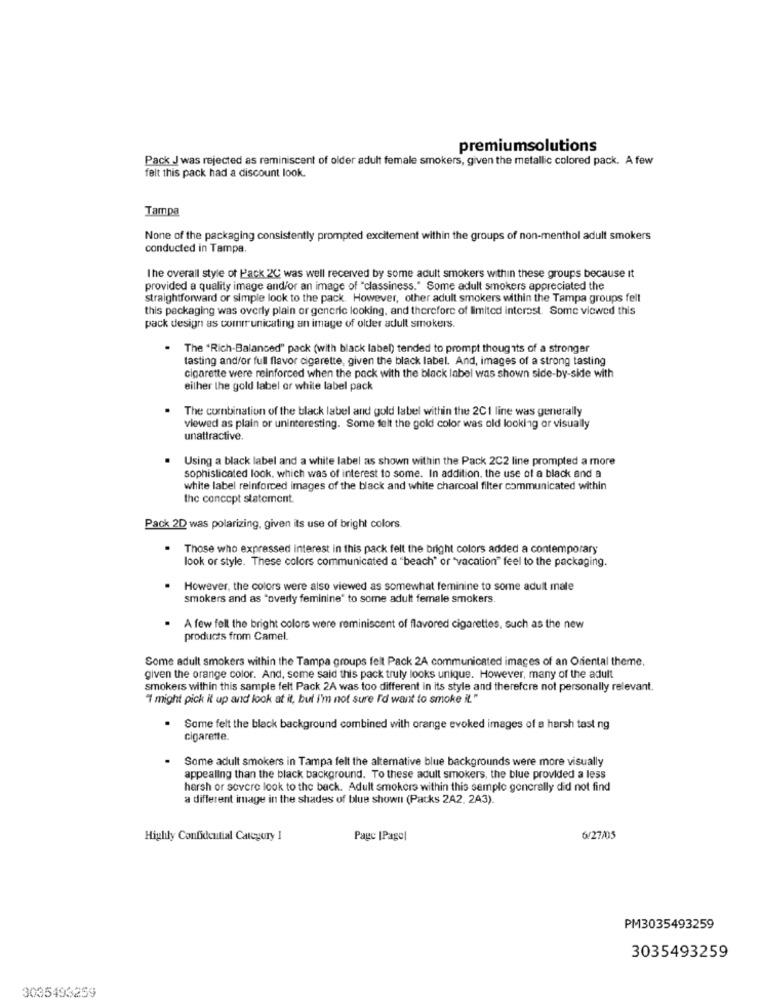
premiumsolutions
Pack J was rejected as reminiscent of older adult female smokers, given the metallic colored pack. A few
felt this pack had a discount look.
Tampa
None of the packaging consistently prompted excitement within the groups of non-menthol adult smokers
conducted in Tampa.
The overall style of Pack 2C was well received by some adult smokers within these groups because it
provided a quality image and/or an image of "classiness." Some adult smokers appreciated the
straightforward or simple look to the pack. However, other adult smokers within the Tampa groups fell
this packaging was overly plain or generic looking, and therefore of limited interest. Some viewed this
pack design as communicating an image of older adult smokers.
The "Rich-Balanced" pack (with black label) tended to prompt thoughts of a stronger
tasting and/or full flavor cigarette, given the black label. And, images of a strong tasting
cigarette were reinforced when the pack with the black label was shown side-by-side with
either the gold label or while label pack
The combination of the black label and gold label within the 2CI line was generally
viewed as plain or uninteresting. Some felt the gold color was old looking or visually
unattractive.
Using a black label and a white label as shown within the Pack 2C2 line prompted a more
sophisticated look, which was of interest to some. In addition, the use of a black and a
white label reinforced images of the black and white charcoal filter communicated within
the concept statement.
Pack 2D was polarizing, given its use of bright colors.
Those who expressed interest in this pack felt the bright colors added a contemporary
look or style. These colors communicated a "beach" or "vacation" feel to the packaging.
However, the colors were also viewed as somewhat feminine to some adult male
smokers and as "overly feminine' to some adult female smokers
A few fell the bright colors were reminiscent of flavored cigarettes, such as the new
products from Camel
Some adult smokers within the Tampa groups felt Pack 2A communicated images of an Oriental theme.
given the orange color. And, some said this pack truly looks unique. However, many of the adult
smokers within this sample felt Pack 2A was too different in its style and therefore not personally relevant.
" might pick it up and look at it, but I'm not sure I'd want to smoke il."
Some felt the black background combined with orange evoked images of a harsh tast ng
cigarette.
Some adult smokers in Tampa felt the alternative blue backgrounds were more visually
appealing than the black background. To these adult smokers, the blue provided a less
harsh or severe look to the back. Adult smokers within this sample generally did not find
a different image in the shades of blue shown (Packs 2A2, 2A3).
Higlily Confidential Category 1
Pagc |Pagel
6/27/05
PM3035493259
3035493259
3035493259